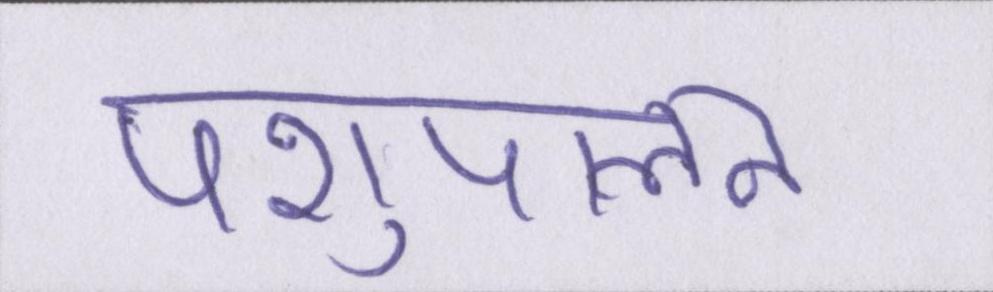
पशुपालन